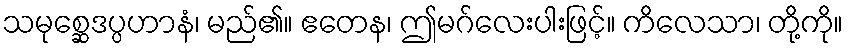
သမုစ္ဆေဒပ္ပဟာနံ၊ မည်၏။ ဧတေန၊ ဤမဂ်လေးပါးဖြင့်။ ကိလေသာ၊ တို့ကို။